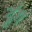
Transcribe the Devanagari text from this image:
ढुंग